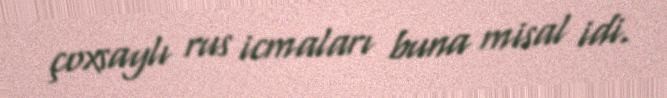
çoxsaylı rus icmaları buna misal idi.